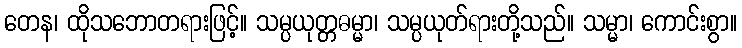
တေန၊ ထိုသဘောတရားဖြင့်။ သမ္ပယုတ္တဓမ္မာ၊ သမ္ပယုတ်ရားတို့သည်။ သမ္မာ၊ ကောင်းစွာ။